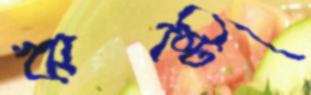
ঋষ্টি